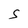
Character: S